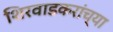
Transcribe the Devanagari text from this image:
शिरवाडकरांच्या